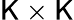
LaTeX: \mathsf{K}\times\mathsf{K}